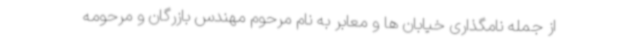
از جمله نامگذاری خیابان ها و معابر به نام مرحوم مهندس بازرگان و مرحومه